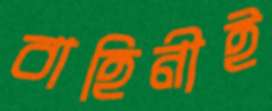
বাহিনীই